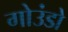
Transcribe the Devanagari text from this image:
गोउंडो